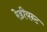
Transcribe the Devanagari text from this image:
रेडीयन्ट